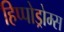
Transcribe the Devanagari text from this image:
हिप्पोड्रोम्स